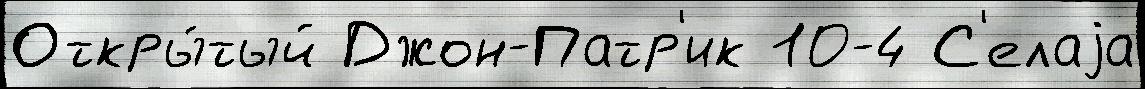
Откры́тый Джон-Патр'ик 10-4 С'елаjа